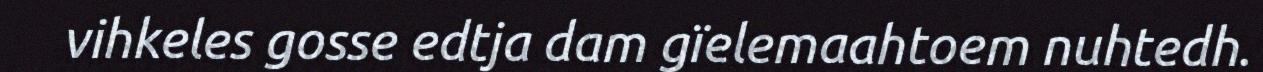
vihkeles gosse edtja dam gïelemaahtoem nuhtedh.